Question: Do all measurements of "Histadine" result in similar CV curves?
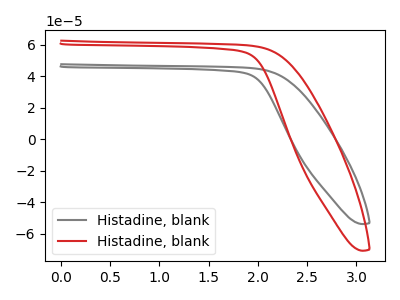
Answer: <think>The gray curve "Histadine, blank1" has no peaks. The red curve "Histadine, blank2" has no peaks.
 Neither "Histadine, blank1" or "Histadine, blank2" have any peaks.</think>
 <answer>All the CV's of "Histadine" have similar shape.</answer>
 <eval>follow_rule</eval>